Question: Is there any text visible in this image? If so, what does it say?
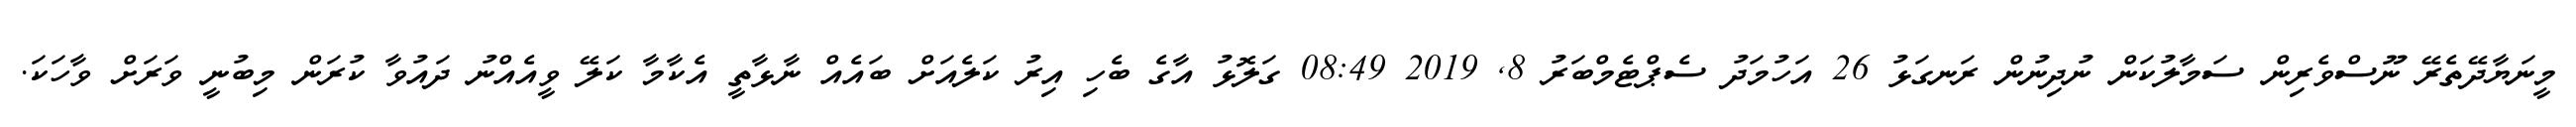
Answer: މީނަޔާދޭތެރޭ ނޫސްވެރިން ސަމާލުކަން ނުދިނުން ރަނގަޅު 26 އަހުމަދު ސެޕްޓެމްބަރު 8, 2019 08:49 ގަލޮޅު އާގެ ބެހި އިރު ކަލެއަށް ބައެއް ނާޅާތީ އެކާމާ ކަލޭ ވީއެއްނު ދައުވާ ކުރަން މިބުނީ ވަރަށް ވާހަކަ.